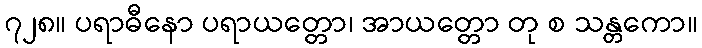
၇၂၈။ ပရာဓီနော ပရာယတ္တော၊ အာယတ္တော တု စ သန္တကော။